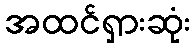
အထင်ရှားဆုံး